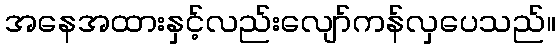
အနေအထားနှင့်လည်းလျော်ကန်လှပေသည်။